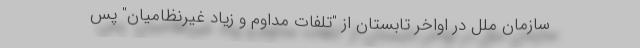
سازمان ملل در اواخر تابستان از "تلفات مداوم و زیاد غیرنظامیان" پس